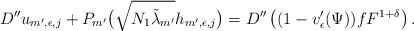
LaTeX: \begin{align*}D''u_{m',\epsilon,j}+P_{m'}\big(\sqrt{N_1 \tilde{\lambda}_{m'}}h_{m',\epsilon,j}\big)=D''\left((1-v'_{\epsilon}(\Psi))fF^{1+\delta}\right).\end{align*}